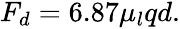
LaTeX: \begin{array}{r}{F_{d}=6.87\mu_{l}qd.}\end{array}